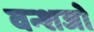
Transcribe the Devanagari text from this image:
वन्शजो